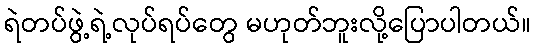
ရဲတပ်ဖွဲ့ရဲ့လုပ်ရပ်တွေ မဟုတ်ဘူးလို့ပြောပါတယ်။